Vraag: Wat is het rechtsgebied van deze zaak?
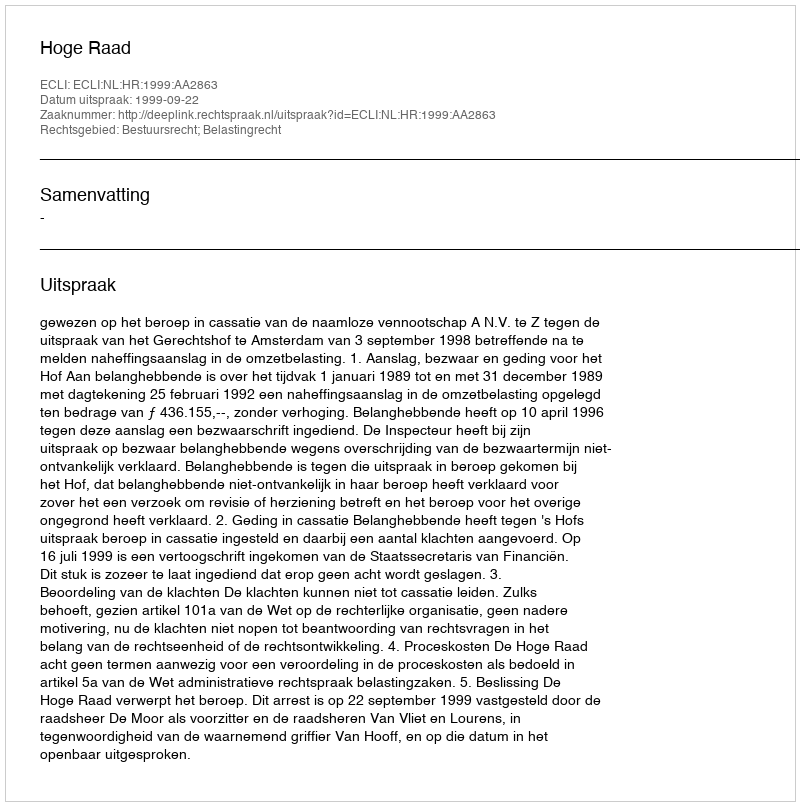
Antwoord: Bestuursrecht; Belastingrecht